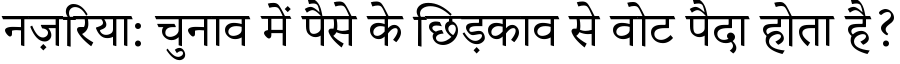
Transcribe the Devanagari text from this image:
नज़रिया: चुनाव में पैसे के छिड़काव से वोट पैदा होता है?